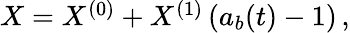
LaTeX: \begin{array}{r}{X=X^{(0)}+X^{(1)}\left(a_{b}(t)-1\right)\, ,}\end{array}